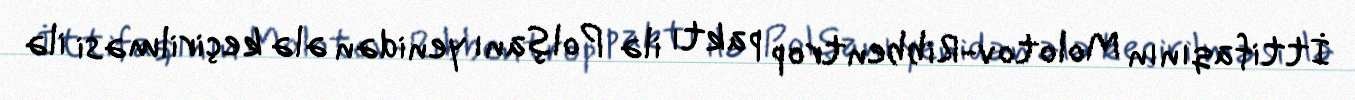
İttifaqının Molotov-Ribbentrop paktı ilə Polşanı yenidən ələ keçirilməsi ilə